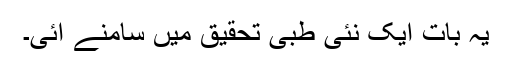
یہ بات ایک نئی طبی تحقیق میں سامنے آئی۔